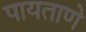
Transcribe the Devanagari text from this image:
पायताणे